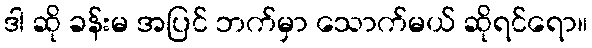
ဒါ ဆို ခန်းမ အပြင် ဘက်မှာ သောက်မယ် ဆိုရင်ရော။